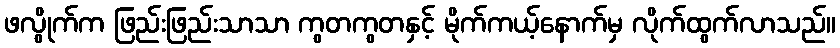
ဖလွိုက်က ဖြည်းဖြည်းသာသာ ကွတကွတနှင့် မိုက်ကယ့်နောက်မှ လိုက်ထွက်လာသည်။